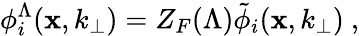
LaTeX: \phi_{i}^{\Lambda}(\mathbf{x},k_{\perp})=Z_{F}(\Lambda)\tilde{{\phi}}_{i}(\mathbf{x},k_{\perp})\ ,